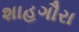
શાહગૌરા